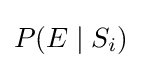
P(E\mid S_{i})